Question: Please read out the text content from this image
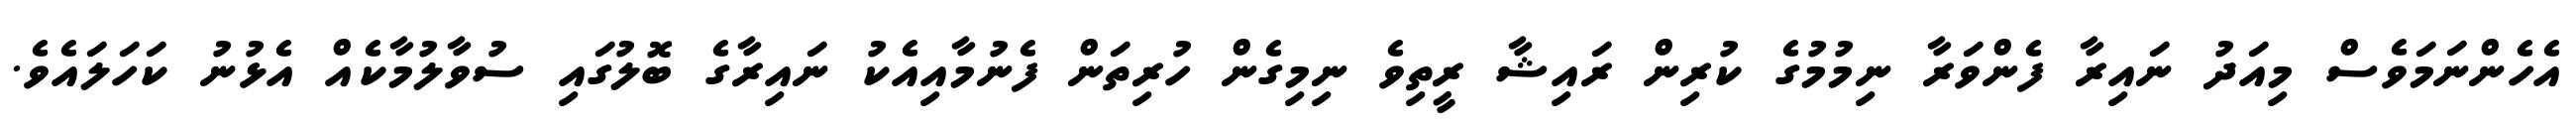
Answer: އެހެންނަމަވެސް މިއަދު ނައިރާ ފެންވަރާ ނިމުމުގެ ކުރިން ރައިޝާ ރީތިވެ ނިމިގެން ހުރިތަން ފެނުމާއިއެކު ނައިރާގެ ބޮލުގައި ސުވާލުމާކެއް އެޅުނު ކަހަލައެވެ.